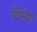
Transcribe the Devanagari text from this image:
विभोर।